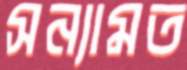
সন্যামত